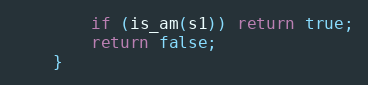
Language: Java
        if (is_am(s1)) return true;
        return false;
    }